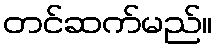
တင်ဆက်မည်။